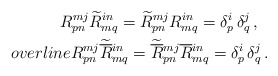
\begin{align*}R^{mj}_{pn}\widetilde{R}^{in}_{mq}=\widetilde{R}^{mj}_{pn}R^{in}_{mq}=\delta ^i_p\,\delta ^j_q\,,\ \ \\overline{R}{}^{mj}_{pn}\widetilde{\overline{R}}{}^{in}_{mq}=\widetilde{\overline{R}}{}^{mj}_{pn}\overline{R}{}^{in}_{mq}=\delta ^i_p\,\delta ^j_q\,. \end{align*}